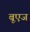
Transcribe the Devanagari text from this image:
बूएज